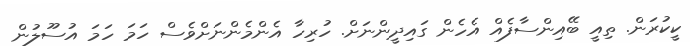
ކީކުރަން. ތިއީ ބޭއިންސާފެއް އެހެން ގައިދީންނަށް. ހުރިހާ އެންމެންނަށްވެސް ހަމަ ހަމަ އުސޫލުން